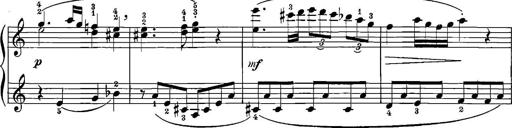
Title: 12 Sonatinas
Composer: Ignaz Pleyel